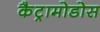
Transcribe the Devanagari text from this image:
कैट्रामोडोस